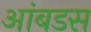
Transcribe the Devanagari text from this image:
आंबडस